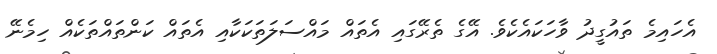
އެހައިމެ ތައުގީދު ވާހަކައެކެވެ. އޭގެ ތެރޭގައި އެތައް މައްސަލަތަކަކާއި އެތައް ކަންތައްތަކެއް ހިމެނޭ